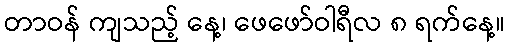
တာဝန် ကျသည့် နေ့၊ ဖေဖော်ဝါရီလ ၈ ရက်နေ့။